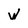
Character: W